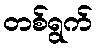
တစ်ရွက်